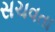
સચવતા